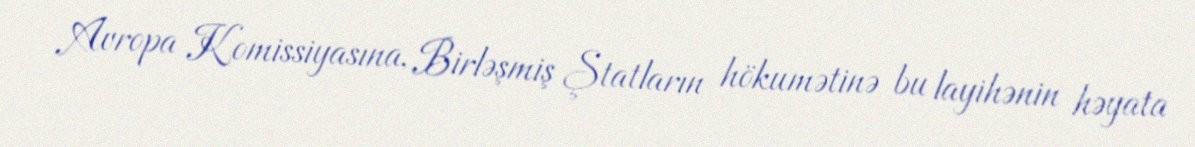
Avropa Komissiyasına, Birləşmiş Ştatların hökumətinə bu layihənin həyata